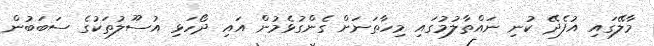
މާލޭގައި އުފެދޭ ކުނި ނައްތާލުމުގައި މިހާތަނަށް ގެންގުޅެމުން އައި ދޯހަޅި އުސޫލުތަކުގެ ސަބަބުން